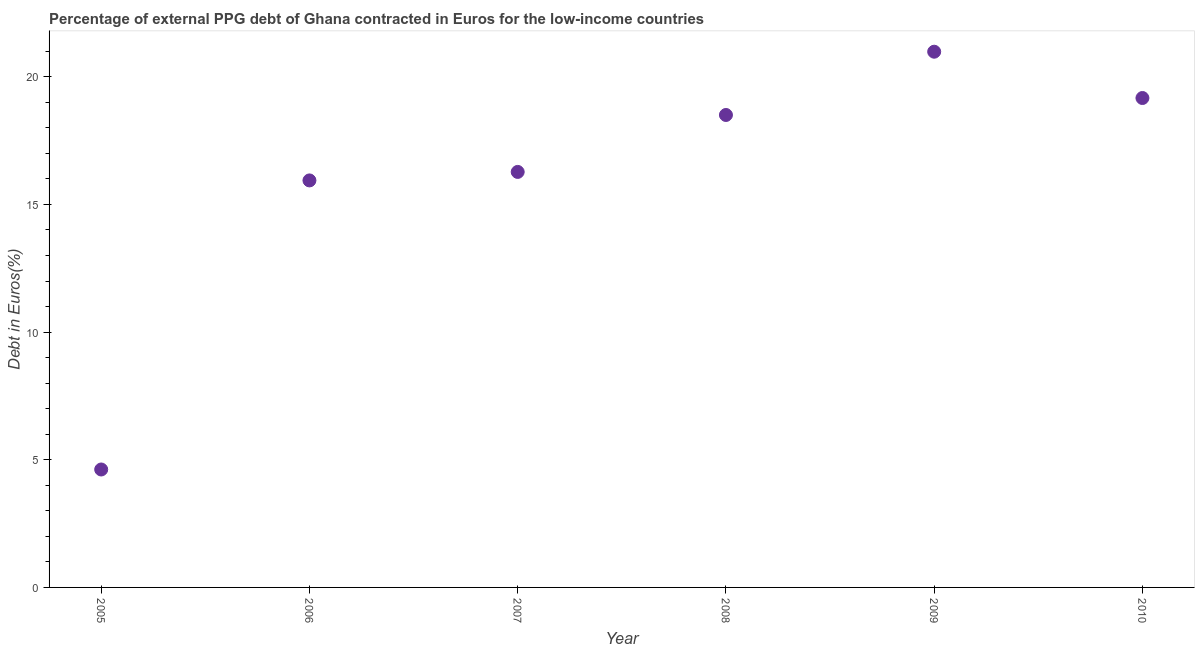
| Year | Currency composition of PPG debt |
 | --- | --- |
 | 2005 | 4.62 |
 | 2006 | 15.9 |
 | 2007 | 16.3 |
 | 2008 | 18.5 |
 | 2009 | 21 |
 | 2010 | 19.2 |